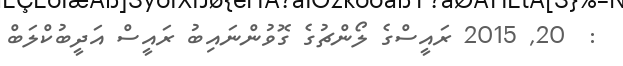
:  20